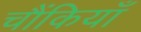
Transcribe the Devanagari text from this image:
चौंकियाँ